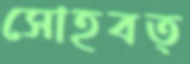
সোহবত্